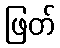
ဖြတ်